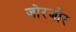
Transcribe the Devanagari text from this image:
जोरजोर